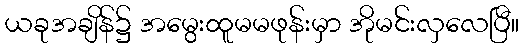
ယခုအချိန်၌ အမွေးထူမမဖုန်းမှာ အိုမင်းလှလေပြီ။